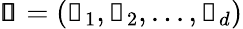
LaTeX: \pmb{\mathscr{s}}=(\mathscr{s}_{1},\mathscr{s}_{2},...,\mathscr{s}_{d})